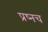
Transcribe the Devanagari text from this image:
प्रष्नच